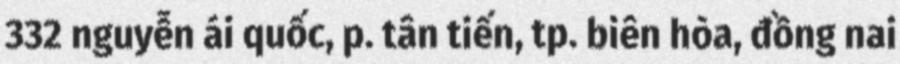
332 nguyễn ái quốc, p. tân tiến, tp. biên hòa, đồng nai